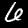
Label: 6